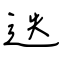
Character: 迭